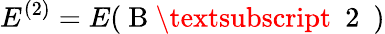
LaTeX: E^{(2)}=E(\mathrm{~B~\textsubscript~{~2~}~})